Report of the Indian Hemp Drugs Commission, 1894-1895 - Volume III
Year: 1894
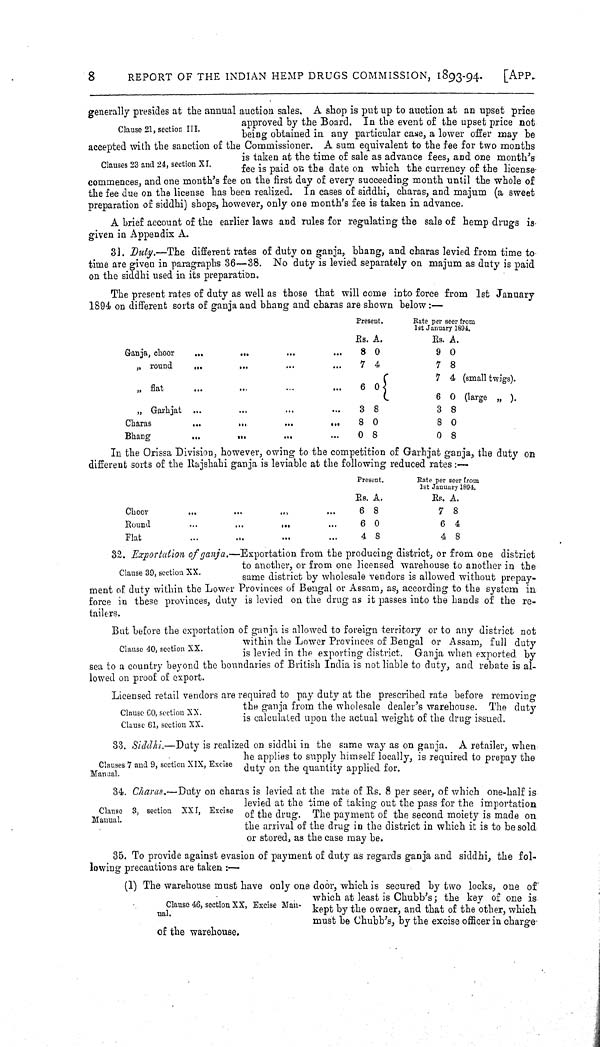
8
REPORT OF THE INDIAN HEMP DRUGS COMMISSION, 1893-94.
[APP.
Clause 21, section III.
Clauses 23 and 24, section XI.
generally presides at the annual auction sales. A shop is put up to auction at an upset price
approved by the Board. In the event of the upset price not
being obtained in any particular case, a lower offer may be
accepted with the sanction of the Commissioner. A sum equivalent to the fee for two months
is taken at the time of sale as advance fees, and one month's
fee is paid on the date on which the currency of the license-
commences, and one month's fee on the first day of every succeeding month until the whole of
the fee due on the license has been realized. In cases of siddhi, charas, and majum (a sweet
preparation of siddhi) shops, however, only one month's fee is taken in advance.
A brief account of the earlier laws and rules for regulating the sale of hemp drugs is
given in Appendix A.
31. Duty.—The different rates of duty on ganja, bhang, and charas levied from time to
time are given in paragraphs 36—38. No duty is levied separately on majum as duty is paid
on the siddhi used in its preparation.
The present rates of duty as well as those that will come into force from 1st January
1894 on different sorts of ganja and bhang and charas are shown below:—
Present.
Rate per seer from
1st January 1894.
Rs. A.
Rs. A.
Ganja, choor
8 0
9 0
" round
7 4
7 8
" flat
6 0
7
6
4
0
(small twigs).
(large " ).
" Garhjat
3 8
3 8
Charas
8 0
8 0
Bhang
0 8
0 8
In the Orissa Division, however, owing to the competition of Garhjat ganja, the duty on
different sorts of the Rajshahi ganja is leviable at the following reduced rates:—
Present.
Rate per seer from
1st January 1894.
Rs. A.
Rs. A.
Choor
6 8
7 8
Round
6 0
6 4
Flat
4 8
4 8
Clause 39, section XX.
Clause 40, section XX.
Clause 60, section XX.
Clause 61, section XX.
32. Exportation of ganja.—Exportation from the producing district, or from one district
to another, or from one licensed warehouse to another in the
same district by wholesale vendors is allowed without prepay-
ment of duty within the Lower Provinces of Bengal or Assam, as, according to the system in
force in these provinces, duty is levied on the drug as it passes into the hands of the re-
tailers.
But before the exportation of ganja is allowed to foreign territory or to any district not
within the Lower Provinces of Bengal or Assam, full duty
is levied in the exporting district. Ganja when exported by
sea to a country beyond the boundaries of British India is not liable to duty, and rebate is al-
lowed on proof of export.
Licensed retail vendors are required to pay duty at the prescribed rate before removing
the ganja from the wholesale dealer's warehouse. The duty
is calculated upon the actual weight of the drug issued.
Clauses 7 and 9, section XIX, Excise
Manual.
33. Siddhi.—Duty is realized on siddhi in the same way as on ganja. A retailer, when
he applies to supply himself locally, is required to prepay the
duty on the quantity applied for.
Clause 3, section XXI, Excise
Manual.
34. Charas.—Duty on charas is levied at the rate of Rs. 8 per seer, of which one-half is
levied at the time of taking out the pass for the importation
of the drug. The payment of the second moiety is made on
the arrival of the drug in the district in which it is to be sold
or stored, as the case may be.
Clause 46, section XX, Excise Man-
ual.
35. To provide against evasion of payment of duty as regards ganja and siddhi, the fol-
lowing precautions are taken:—
(1) The warehouse must have only one door, which is secured by two locks, one of
which at least is Chubb's; the key of one is
kept by the owner, and that of the other, which
must be Chubb's, by the excise officer in charge
of the warehouse.